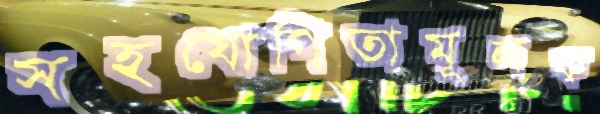
সহযোগিতামূলক